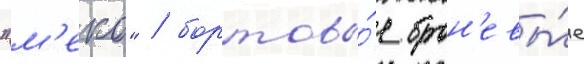
"м'еко" / бортовы́е брон'евы́е